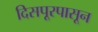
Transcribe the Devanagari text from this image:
दिसपूरपासून